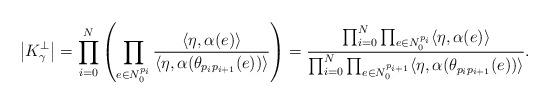
LaTeX: \begin{align*}\left|K_\gamma^\perp\right|= \prod_{i=0}^N\left(\prod_{e\in N^{p_i}_0}\frac{\langle\eta,\alpha(e)\rangle}{\langle\eta,\alpha(\theta_{p_ip_{i+1}}(e))\rangle}\right)=\frac{\prod_{i=0}^N\prod_{e\in N^{p_i}_0} \langle\eta,\alpha(e)\rangle}{\prod_{i=0}^N\prod_{e\in N^{p_{i+1}}_0}\langle\eta,\alpha(\theta_{p_ip_{i+1}}(e))\rangle}.\end{align*}